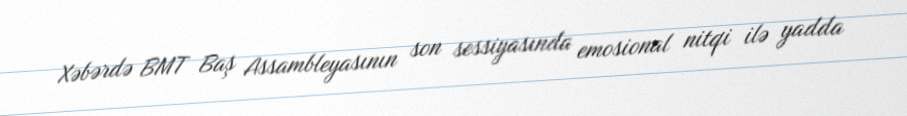
Xəbərdə BMT Baş Assambleyasının son sessiyasında emosional nitqi ilə yadda